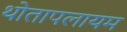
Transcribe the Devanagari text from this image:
थोतापलायम